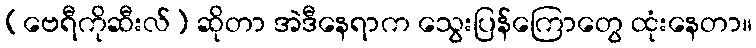
(ဗေရီကိုဆီးလ်) ဆိုတာ အဲဒီနေရာက သွေးပြန်ကြောတွေ ထုံးနေတာ။